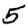
Digit: 5